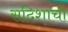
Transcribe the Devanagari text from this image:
सदिशाची